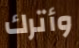
وأترك